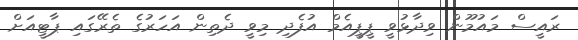
ރައީސް މައުމޫން ވިދާޅުވީ ޕީޕީއެމް އުފެދި މިވީ ދެތިން އަަހަރުގެ ތެރޭގައި ޕާޓީއަށް